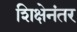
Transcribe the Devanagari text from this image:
शिक्षेनंतर